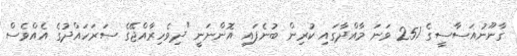
ގާނޫނުއަސާސީގެ 251 ވަނަ މާއްދާގައި ކުރިން ބުނެފައި އޮންނަނީ "ދިވެހިރާއްޖޭގެ ސަރަހައްދުގެ އެއްވެސް